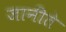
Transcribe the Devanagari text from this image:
जानीते